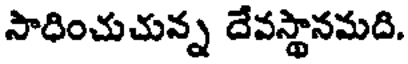
సాధించుచున్న దేవస్థానమది.